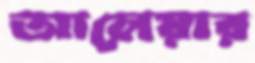
আলেয়ার